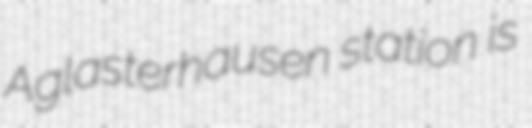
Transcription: Aglasterhausen station is